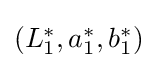
{\textstyle ({L_{1}^{*}},{a_{1}^{*}},{b_{1}^{*}})}